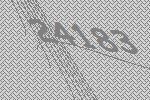
24183